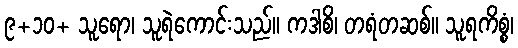
၉+၁၀+ သူရော၊ သူရဲကောင်းသည်။ ကဒါစိ၊ တရံတဆစ်။ သူရကိစ္စံ၊